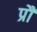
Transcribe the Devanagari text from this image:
प्रौं